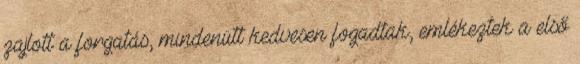
zajlott a forgatás, mindenütt kedvesen fogadtak, emlékeztek a első